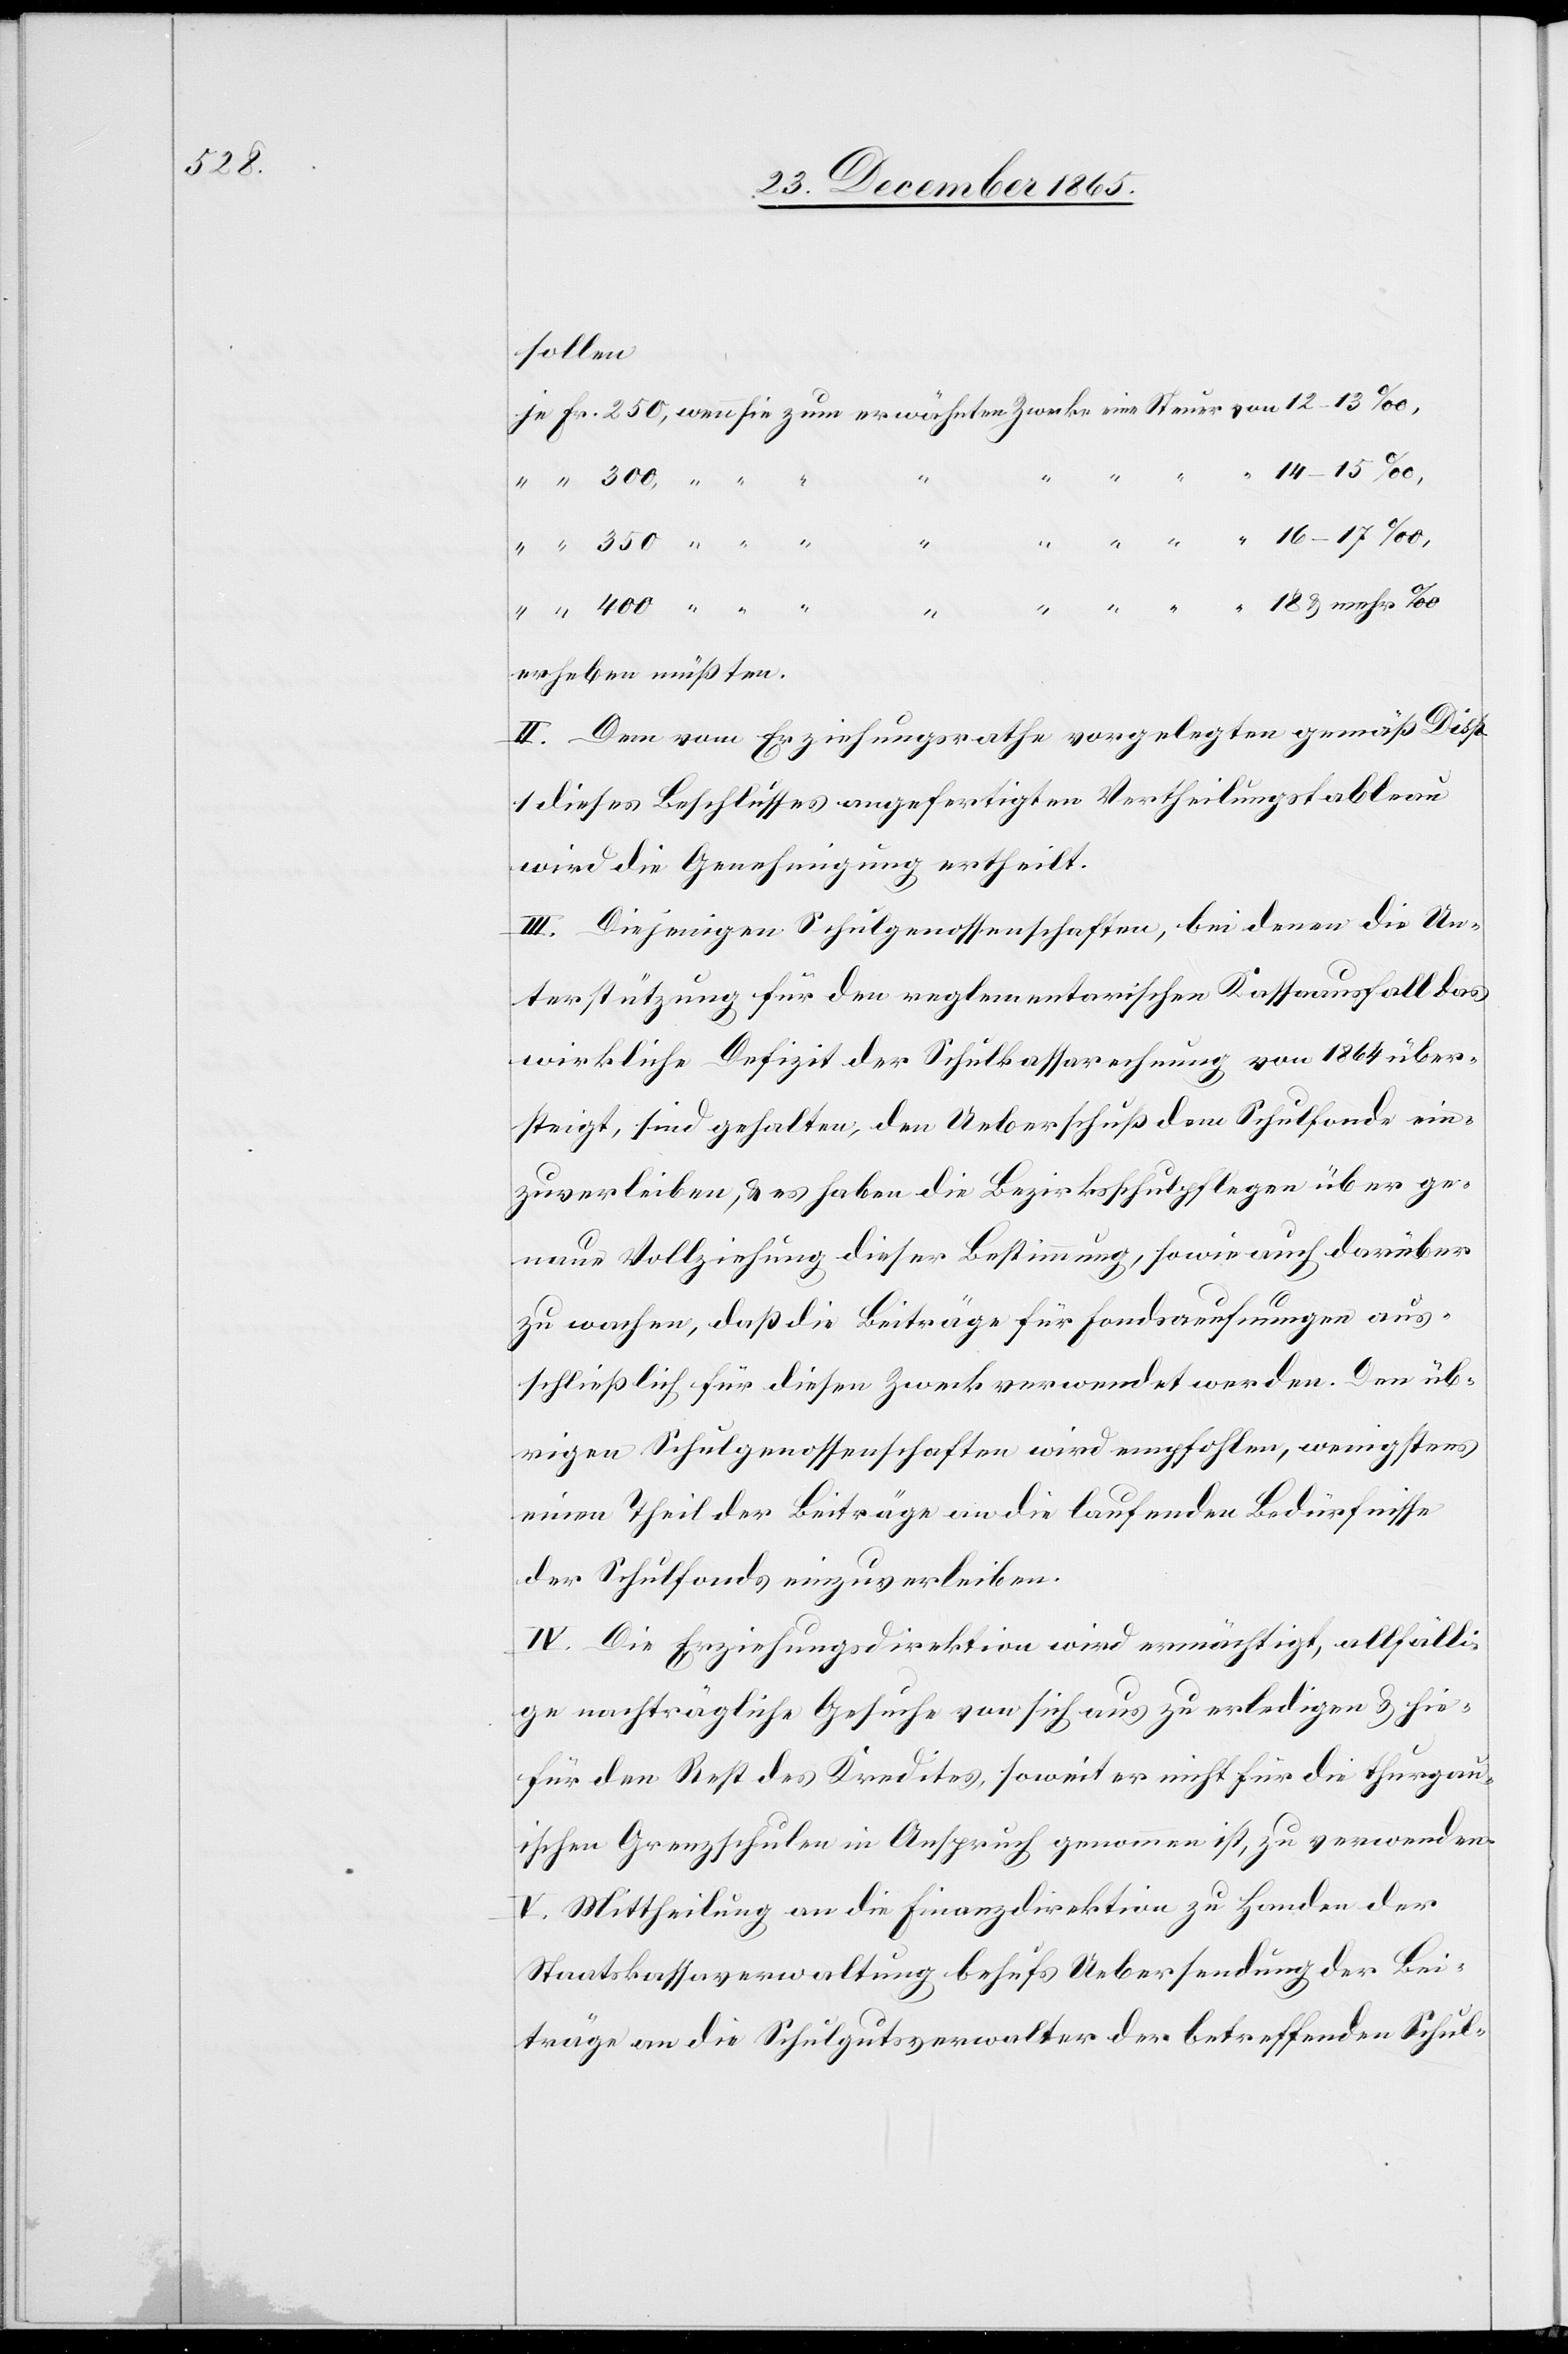
sollen
14–15‰,
erheben müssten.
II. Dem vom Erziehungsrathe vorgelegten gemäß Disp.
1 dieses Beschlusses angefertigten Vertheilungstableau
wird die Genehmigung ertheilt.
III. Diejenigen Schulgenossenschaften, bei denen die Un¬
terstützung für den reglementarischen Kassaausfall das
wirkliche Defizit der Schulkassarechnung von 1864 über¬
steigt, sind gehalten, den Ueberschuß dem Schulfonde ein¬
zuverleiben, & es haben die Bezirksschulpflegen über ge¬
naue Vollziehung dieser Bestimmung, sowie auch darüber
zu wachen, daß die Beiträge für Fondaeufnungen aus¬
schließlich für diesen Zweck verwendet werden. Den üb¬
rigen Schulgenossenschaften wird empfohlen, wenigstens
einen Theil der Beiträge an die laufenden Bedürfnisse
den] Schulfonds einzuverleiben.
IV. Die Erziehungsdirektion wird ermächtigt, allfälli¬
ge nachträgliche Gesuche von sich aus zu erledigen & hie¬
für den Rest des Kredites, soweit er nicht für die thurgau¬
ischen Grenzschulen in Anspruch genommen ist, zu verwenden.
V. Mittheilung an die Finanzdirektion zu Handen der
Staatskassaverwaltung behufs Uebersendung der Bei¬
träge an die Schulgutsverwalter der betreffenden Schul-